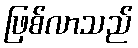
ဖြစ်လာသည်